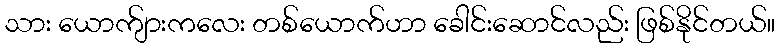
သား ယောက်ျားကလေး တစ်ယောက်ဟာ ခေါင်းဆောင်လည်း ဖြစ်နိုင်တယ်။